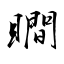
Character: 瞷